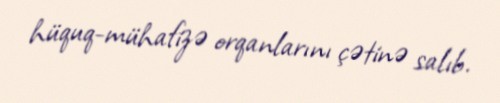
hüquq-mühafizə orqanlarını çətinə salıb.